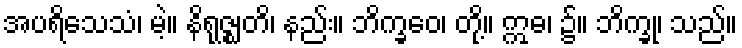
အပရိသေသံ၊ မဲ့။ နိရုဇ္ဈတိ၊ နည်း။ ဘိက္ခဝေ၊ တို့။ ဣဓ၊ ၌။ ဘိက္ခု၊ သည်။